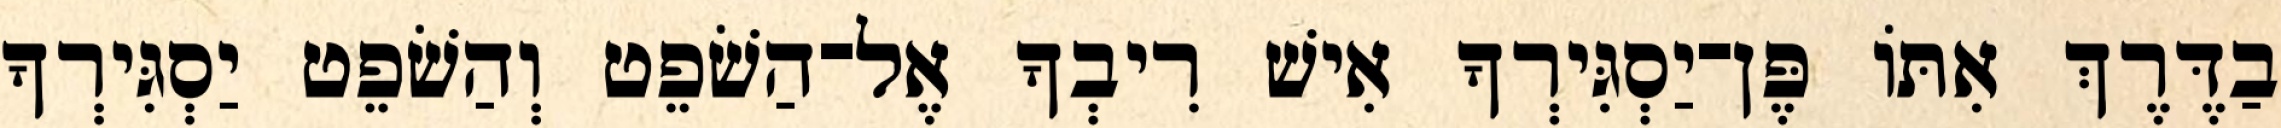
בַדֶּרֶךְ אִתּוֹ פֶּן־יַסְגִּירְךָ אִישׁ רִיבְךָ אֶל־הַשֹׁפֵט וְהַשֹׁפֵט יַסְגִּירְךָ